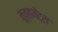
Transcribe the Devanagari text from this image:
मूव्हमेंट्स